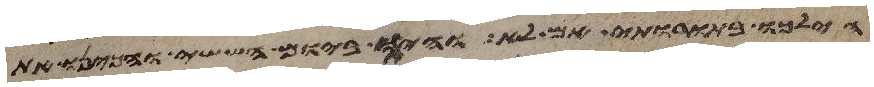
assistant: הילכו בתורותי אם לא והיה ביום הששי והכינו את